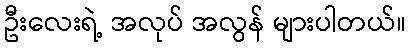
ဦးလေးရဲ့ အလုပ် အလွန် များပါတယ်။